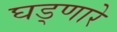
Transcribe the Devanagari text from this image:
घड्णारे